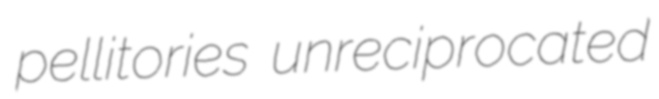
pellitories unreciprocated